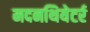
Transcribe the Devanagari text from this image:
मदनथियेटर्र